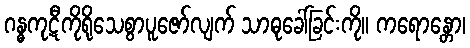
ဂန္ဓကုဋီကိုရိုသေစွာပူဇော်လျက် သာဓုခေါ်ခြင်းကို။ ကရောန္တော၊